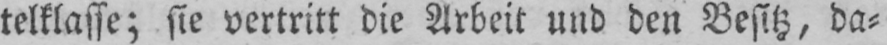
telklasse; sie vertritt die Arbeit und den Besitz, da⸗